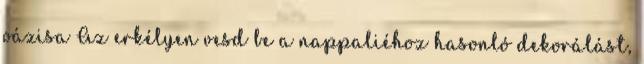
oázisa Az erkélyen vesd be a nappaliéhoz hasonló dekorálást,